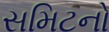
સમિટનો